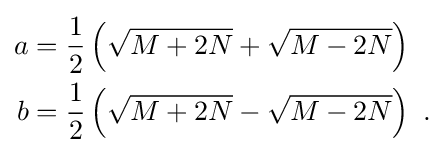
{\begin{aligned}a&={\frac {1}{2}}\left({\sqrt {M+2N}}+{\sqrt {M-2N}}\right)\\b&={\frac {1}{2}}\left({\sqrt {M+2N}}-{\sqrt {M-2N}}\right)\ .\end{aligned}}